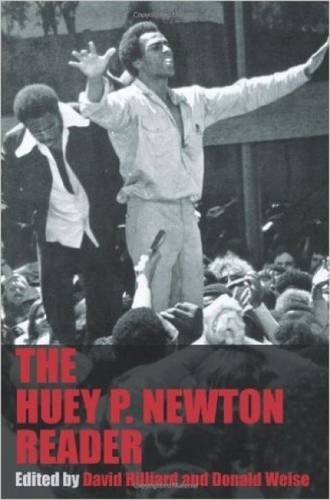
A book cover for The Huey P. Newton Reader; Huey P. Newton; Biographies & Memoirs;